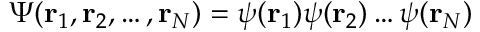
\Psi ( \mathbf { r } _ { 1 } , \mathbf { r } _ { 2 } , \dots , \mathbf { r } _ { N } ) = \psi ( \mathbf { r } _ { 1 } ) \psi ( \mathbf { r } _ { 2 } ) \dots \psi ( \mathbf { r } _ { N } )